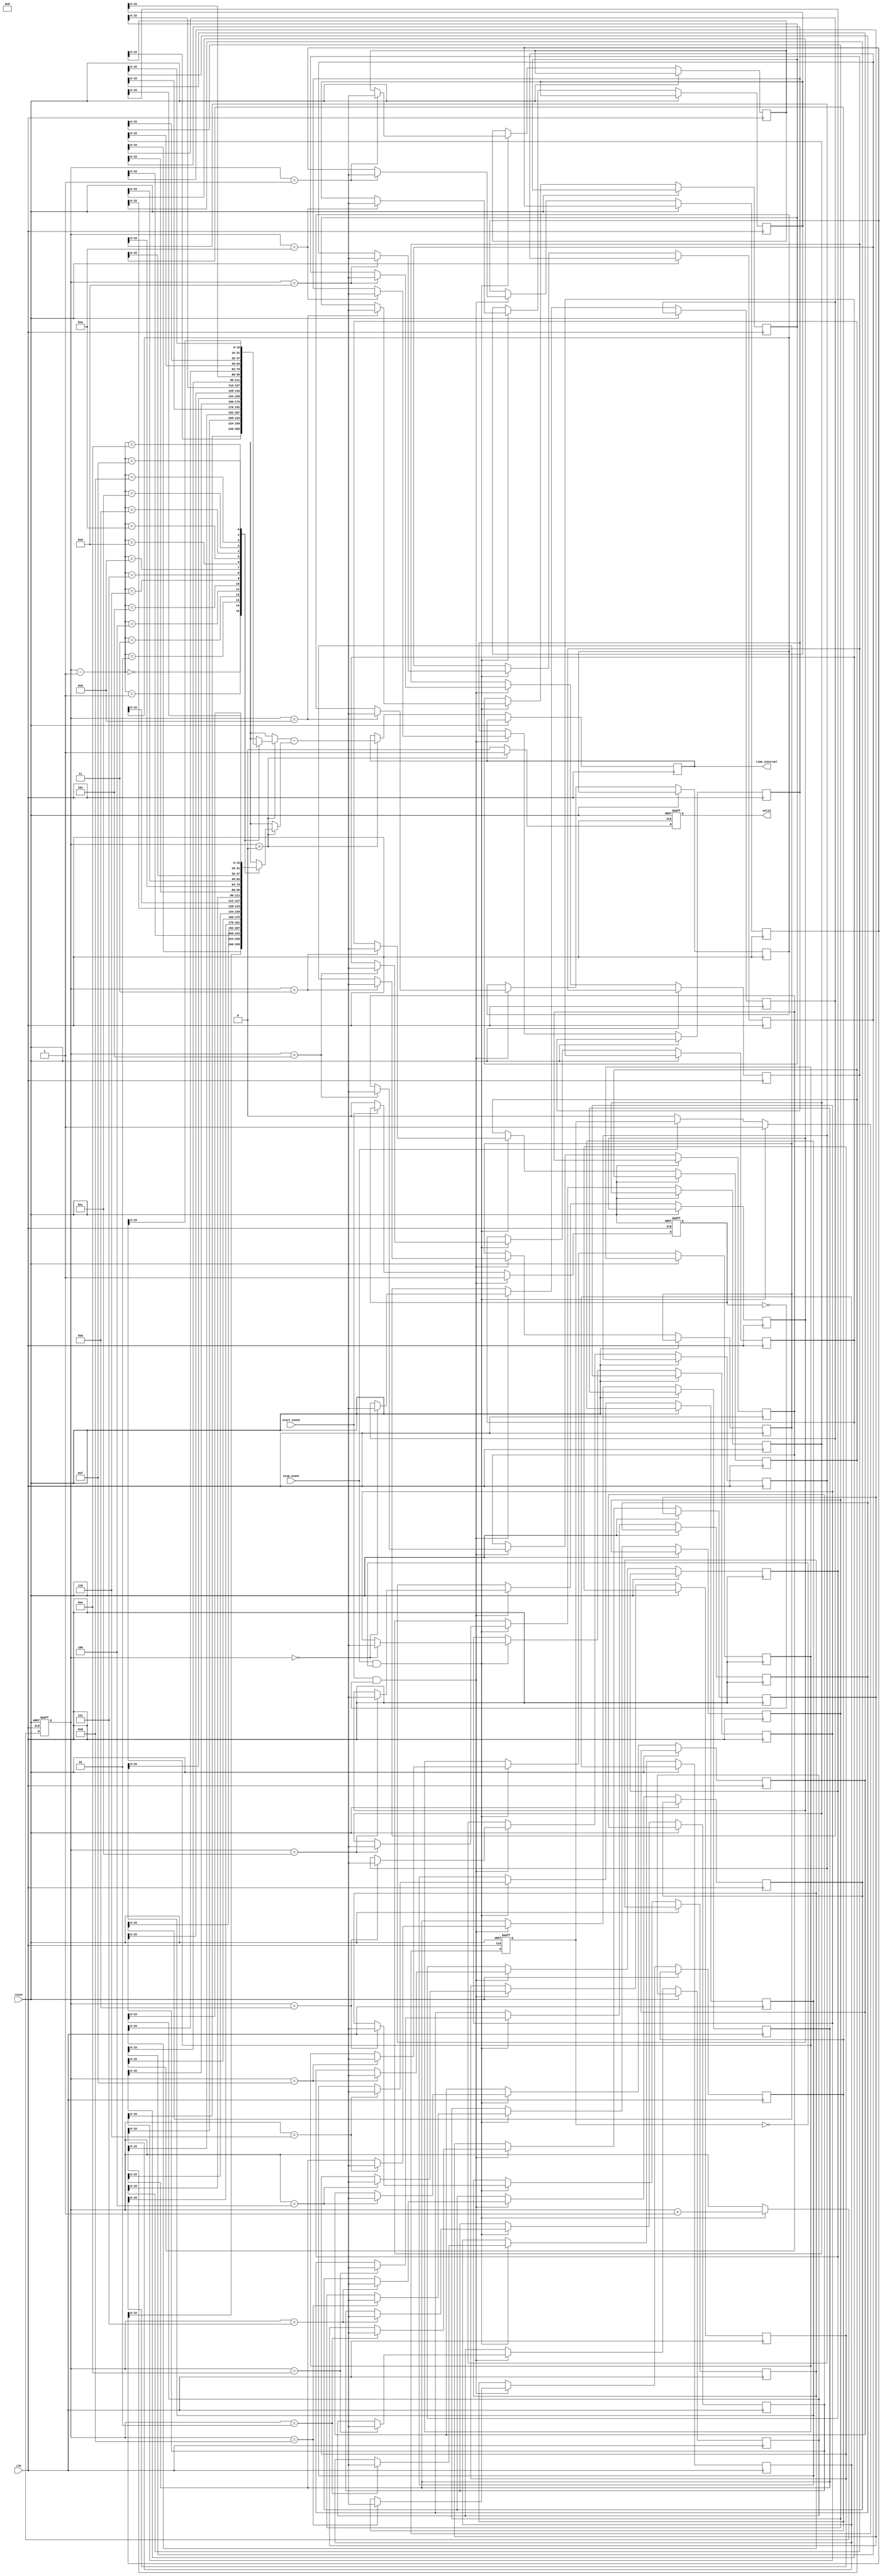
module TDC (
    input wire clk,                // System clock
    input wire reset,              // Reset signal
    input wire start_event,        // Start event signal
    input wire stop_event,         // Stop event signal
    output reg [15:0] time_interval, // Output time interval
    output reg valid               // Output valid signal
);

    // Memory to store timestamps
    reg [31:0] start_time [0:15];  // Start timestamps
    reg [31:0] stop_time [0:15];   // Stop timestamps
    reg [3:0] index;                // Index for memory access
    reg start_detected;             // Flag for start event detection
    reg stop_detected;              // Flag for stop event detection

    // Edge detection for start and stop events
    always @(posedge clk or posedge reset) begin
        if (reset) begin
            start_detected <= 0;
            stop_detected <= 0;
            index <= 0;
            valid <= 0;
        end else begin
            // Detect rising edge of start_event
            if (start_event && !start_detected) begin
                start_time[index] <= $time; // Capture start timestamp
                start_detected <= 1;
            end else if (!start_event) begin
                start_detected <= 0;
            end

            // Detect rising edge of stop_event
            if (stop_event && !stop_detected) begin
                stop_time[index] <= $time; // Capture stop timestamp
                stop_detected <= 1;
                index <= index + 1; // Increment index for next measurement
            end else if (!stop_event) begin
                stop_detected <= 0;
            end

            // Calculate time interval when both events are detected
            if (index > 0) begin
                time_interval <= stop_time[index-1] - start_time[index-1];
                valid <= 1; // Indicate valid output
            end else begin
                valid <= 0; // No valid output
            end
        end
    end

endmodule